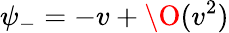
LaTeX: \psi_{-}=-v+\O(v^{2})